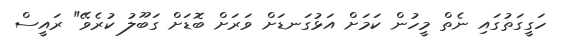
ހަގީގަތުގައި ނެތް މީހުން ކަމަށް އަޅުގަނޑަށް ވަރަށް ބޮޑަށް ގަބޫލު ކުރެވޭ" ރައީސް